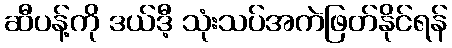
ဆီပန့်ကို ဒယ်ဒီ့ သုံးသပ်အကဲဖြတ်နိုင်ရန်